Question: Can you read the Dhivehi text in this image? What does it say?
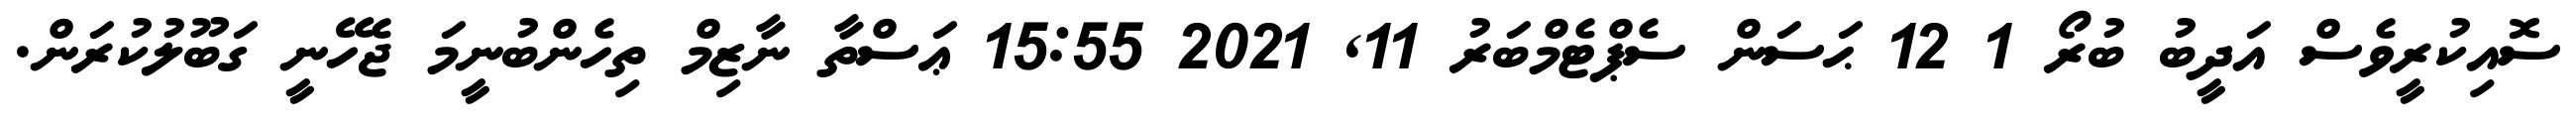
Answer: ސޮއިކުރީވެސް އަދީބު ބުރޯ 1 12 ޙަސަން ސެޕްޓެމްބަރު 11, 2021 15:55 ޢަސްތާ ނާޒިމް ތިހެންބުނީމަ ޖެހޭނީ ގަބޫލުކުރަން.